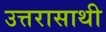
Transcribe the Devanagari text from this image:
उत्तरासाथी